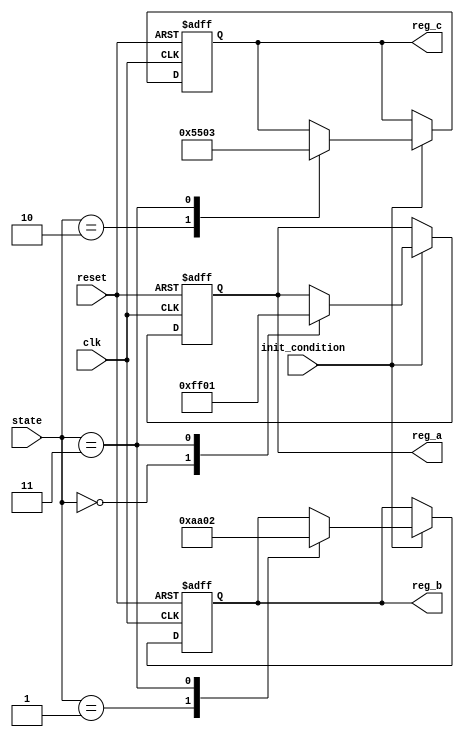
module conditional_initialization #(
    parameter DATA_WIDTH = 8,         // Width of the data registers
    parameter INIT_VALUE = 0,          // Default initialization value
    parameter STATE_WIDTH = 2          // Width for state encoding
)(
    input wire clk,                    // Clock signal
    input wire reset,                  // Reset signal
    input wire [STATE_WIDTH-1:0] state,// Current operational state
    input wire init_condition,         // Condition to trigger initialization
    output reg [DATA_WIDTH-1:0] reg_a, // Register A
    output reg [DATA_WIDTH-1:0] reg_b, // Register B
    output reg [DATA_WIDTH-1:0] reg_c  // Register C
);

    // Sequential initialization process
    always @(posedge clk or posedge reset) begin
        if (reset) begin
            // Complete reinitialization on reset
            reg_a <= INIT_VALUE;
            reg_b <= INIT_VALUE;
            reg_c <= INIT_VALUE;
        end else if (init_condition) begin
            // Conditional initialization based on state
            case (state)
                2'b00: begin
                    // State 0: Initialize reg_a
                    reg_a <= 8'hFF; // Example value
                end
                2'b01: begin
                    // State 1: Initialize reg_b
                    reg_b <= 8'hAA; // Example value
                end
                2'b10: begin
                    // State 2: Initialize reg_c
                    reg_c <= 8'h55; // Example value
                end
                2'b11: begin
                    // State 3: Initialize all registers
                    reg_a <= 8'h01; // Example value
                    reg_b <= 8'h02; // Example value
                    reg_c <= 8'h03; // Example value
                end
                default: begin
                    // Default case (optional)
                    reg_a <= INIT_VALUE;
                    reg_b <= INIT_VALUE;
                    reg_c <= INIT_VALUE;
                end
            endcase
        end
    end

endmodule